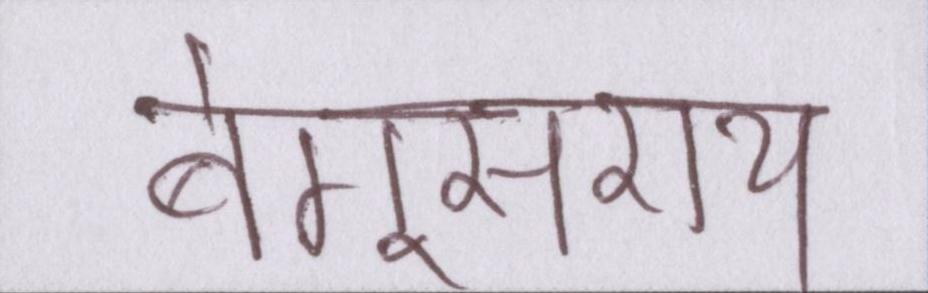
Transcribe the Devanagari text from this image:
बेगूसराय